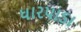
ધારપાડા